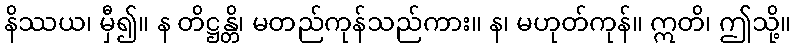
နိဿယ၊ မှီ၍။ န တိဋ္ဌန္တိ၊ မတည်ကုန်သည်ကား။ န၊ မဟုတ်ကုန်။ ဣတိ၊ ဤသို့။